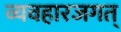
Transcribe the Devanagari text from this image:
व्यवहारजगत्‌